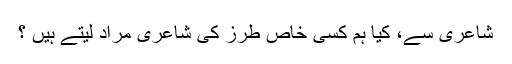
شاعری سے، كیا ہم كسی خاص طرز كی شاعری مراد لیتے ہیں ؟